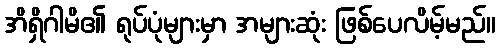
အိရှိဂါမိ၏ ရုပ်ပုံများမှာ အများဆုံး ဖြစ်ပေလိမ့်မည်။